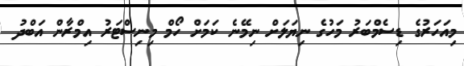
މިއަހަރުގެ ޑިސެމްބަރު މަހުގެ ނިޔަލަަށް ނިމޭނެ ކަމަށް ހޯމް މިނިސްޓަރު އިމްރާން އަބްދު